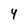
Character: 4